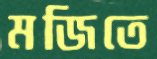
মজিতে